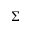
\Sigma